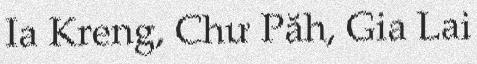
Ia Kreng, Chư Păh, Gia Lai